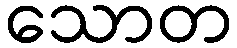
သောတ